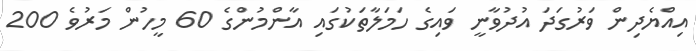
އިއްޔެދިން ވަރުގަދަ އުދުވާނީ ވައިގެ ހަމަލާތަކުގައި އާންމުންގެ 60 މީހުން މަރުވެ 200